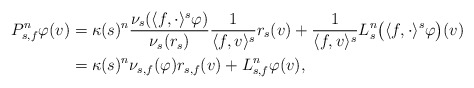
\begin{align*}P_{s,f}^n \varphi(v) & = \kappa(s)^n \frac{ \nu_s(\langle f, \cdot \rangle^s \varphi) }{ \nu_s(r_s) } \frac{1}{\langle f, v \rangle^s} r_s(v) + \frac{1}{\langle f, v \rangle^s} L_s^n \big(\langle f, \cdot \rangle^s \varphi \big)(v) \\& = \kappa(s)^n \nu_{s,f}(\varphi) r_{s,f}(v) + L_{s,f}^n \varphi(v), \end{align*}